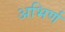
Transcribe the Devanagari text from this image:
अभिर्ण